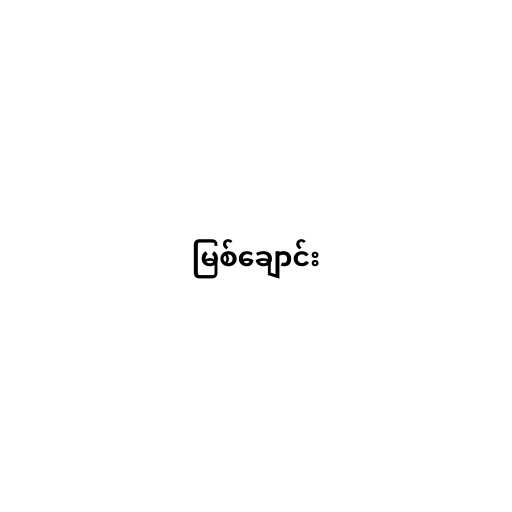
မြစ်ချောင်း